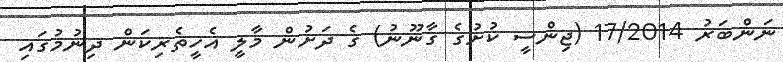
ނަންބަރު 17/2014 (ޖިންސީ ކުށުގެ ގާނޫނު) ގެ ދަށުން މާލީ އެހީތެރިކަން ދިނުމުގައި